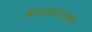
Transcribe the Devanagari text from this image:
आंध्रमहासभा